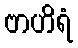
ဗာဟိရံ